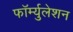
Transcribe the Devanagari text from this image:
फॉर्म्युलेशन